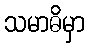
သမာဓိမှာ